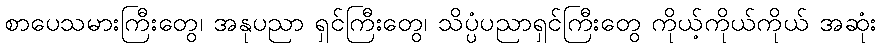
စာပေသမားကြီးတွေ၊ အနုပညာ ရှင်ကြီးတွေ၊ သိပ္ပံပညာရှင်ကြီးတွေ ကိုယ့်ကိုယ်ကိုယ် အဆုံး